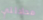
محادثتي